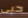
حبى